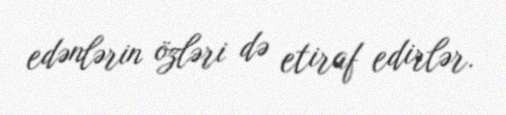
edənlərin özləri də etiraf edirlər.